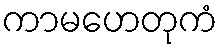
ကာမဟေတုကံ